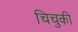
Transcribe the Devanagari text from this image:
चिचुकी